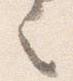
之